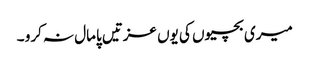
میری بچیوں کی یوں عزتیں پامال نہ کرو ۔